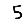
Digit: 5